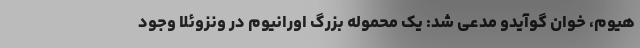
هیوم، خوان گوآیدو مدعی شد: یک محموله بزرگ اورانیوم در ونزوئلا وجود